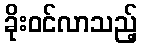
ခိုးဝင်လာသည့်